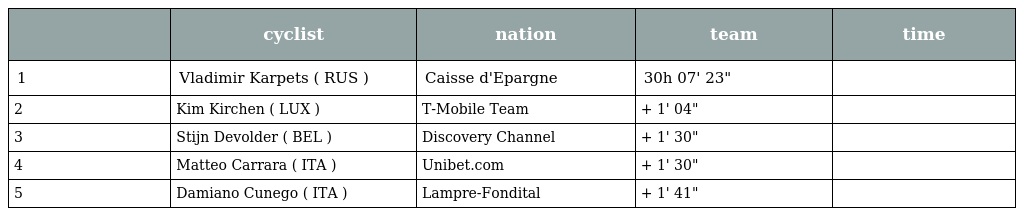
|  | cyclist | nation | team | time |
 | --- | --- | --- | --- | --- |
 | 1 | Vladimir Karpets ( RUS ) | Caisse d'Epargne | 30h 07' 23" |  |
 | 2 | Kim Kirchen ( LUX ) | T-Mobile Team | + 1' 04" |  |
 | 3 | Stijn Devolder ( BEL ) | Discovery Channel | + 1' 30" |  |
 | 4 | Matteo Carrara ( ITA ) | Unibet.com | + 1' 30" |  |
 | 5 | Damiano Cunego ( ITA ) | Lampre-Fondital | + 1' 41" |  |